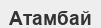
Атамбай